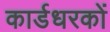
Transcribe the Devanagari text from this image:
कार्डधरकों